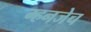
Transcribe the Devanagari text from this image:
म्हनजेच